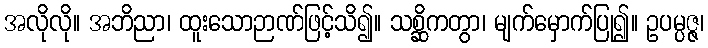
အလိုလို။ အဘိညာ၊ ထူးသောဉာဏ်ဖြင့်သိ၍။ သစ္ဆိကတွာ၊ မျက်မှောက်ပြု၍။ ဥပမ္ပဇ္ဇ၊